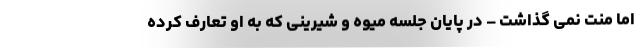
اما منت نمی گذاشت – در پایان جلسه میوه و شیرینی که به او تعارف کرده